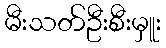
မီးသတ်ဦးစီးမှူး